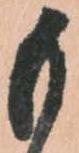
も